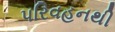
પરિવહનથી